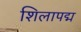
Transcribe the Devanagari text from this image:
शिलापद्म